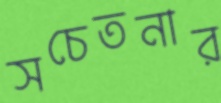
সচেতনার